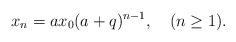
\begin{align*}x_n=ax_0(a+q)^{n-1}, \quad(n\geq 1).\end{align*}